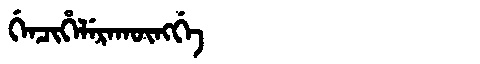
Manchu: ᡤᡝᠨᠴᡳᡥᡝᠯᡝᡵᠠᡴᡡᠩᡤᡝ
Romanization: GENCIHELERAKŪNGGE